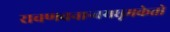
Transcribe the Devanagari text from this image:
रावणवनान्वयधूमकेतो